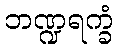
ဘဏ္ဍရက္ခံ